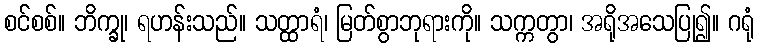
စင်စစ်။ ဘိက္ခု၊ ရဟန်းသည်။ သတ္ထာရံ၊ မြတ်စွာဘုရားကို။ သက္ကတွာ၊ အရိုအသေပြု၍။ ဂရုံ